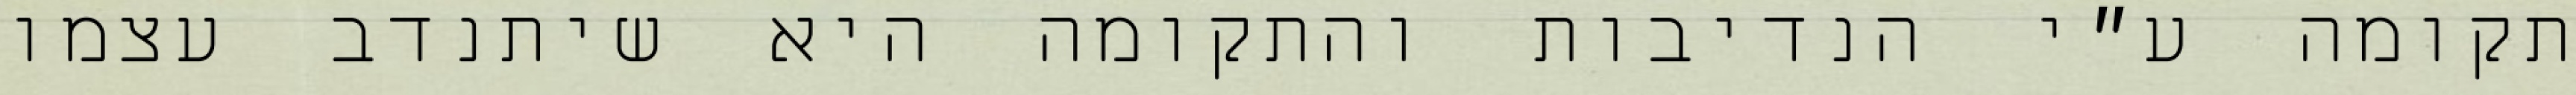
תקומה ע״י הנדיבות והתקומה היא שיתנדב עצמו